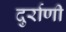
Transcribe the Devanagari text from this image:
दुर्राणी